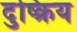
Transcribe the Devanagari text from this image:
दुष्क्रिय